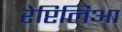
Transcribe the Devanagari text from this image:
रेप्टिलिआ